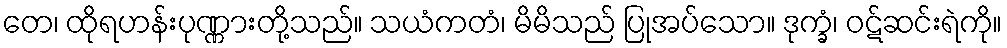
တေ၊ ထိုရဟန်းပုဏ္ဏားတို့သည်။ သယံကတံ၊ မိမိသည် ပြုအပ်သော။ ဒုက္ခံ၊ ဝဋ်ဆင်းရဲကို။